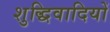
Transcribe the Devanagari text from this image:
शुद्धिवादियों